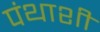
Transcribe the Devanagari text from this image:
पंथाशी